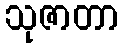
သုဇာတာ